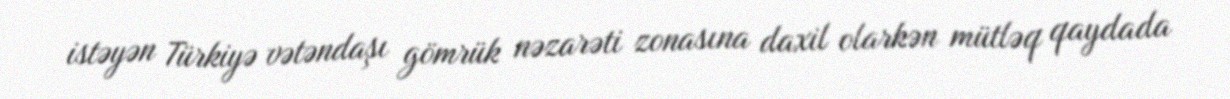
istəyən Türkiyə vətəndaşı gömrük nəzarəti zonasına daxil olarkən mütləq qaydada